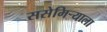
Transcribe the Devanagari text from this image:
ससेमिर्‍याला